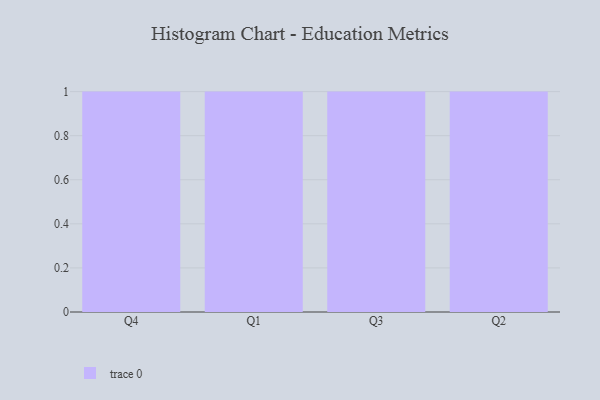
{"axis": {"x": "Quarter", "y": "Temperature (°C)"}, "legend": [""], "data": [{"x": "Q4", "y": 53, "type": ""}, {"x": "Q1", "y": 35, "type": ""}, {"x": "Q3", "y": 86, "type": ""}, {"x": "Q2", "y": 77, "type": ""}]}